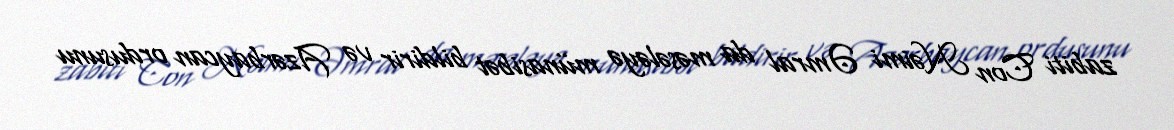
zabiti Con Nəimi Əmral da məsələyə münasibət bildirir və Azərbaycan ordusunu